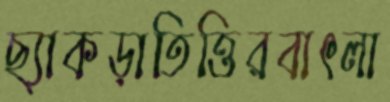
ছ্যাকড়াতিত্তিরবাৎলা